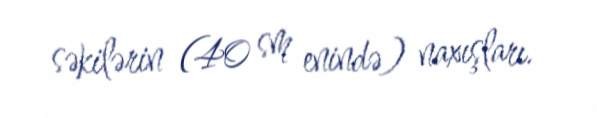
səkilərin (40 sm enində) naxışları.